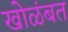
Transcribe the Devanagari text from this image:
खोळंबत